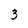
Character: 3